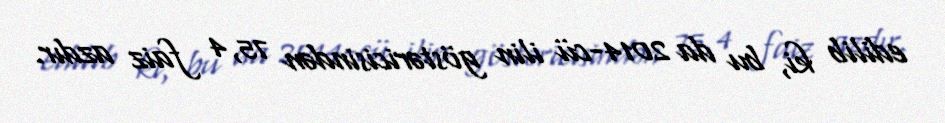
edilib ki, bu da 2014-cü ilin göstəricisindən 75,4 faiz azdır.